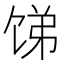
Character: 𬲻